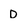
Character: D